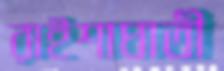
রাইশাঘাতী